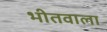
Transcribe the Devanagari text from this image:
भीतवाला